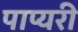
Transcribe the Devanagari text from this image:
पाप्यरी